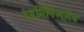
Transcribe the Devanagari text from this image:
ऐडमिनिस्ट्रटिव